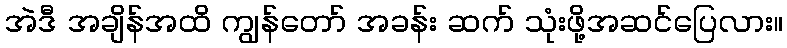
အဲဒီ အချိန်အထိ ကျွန်တော် အခန်း ဆက် သုံးဖို့အဆင်ပြေလား။